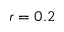
r = 0 . 2